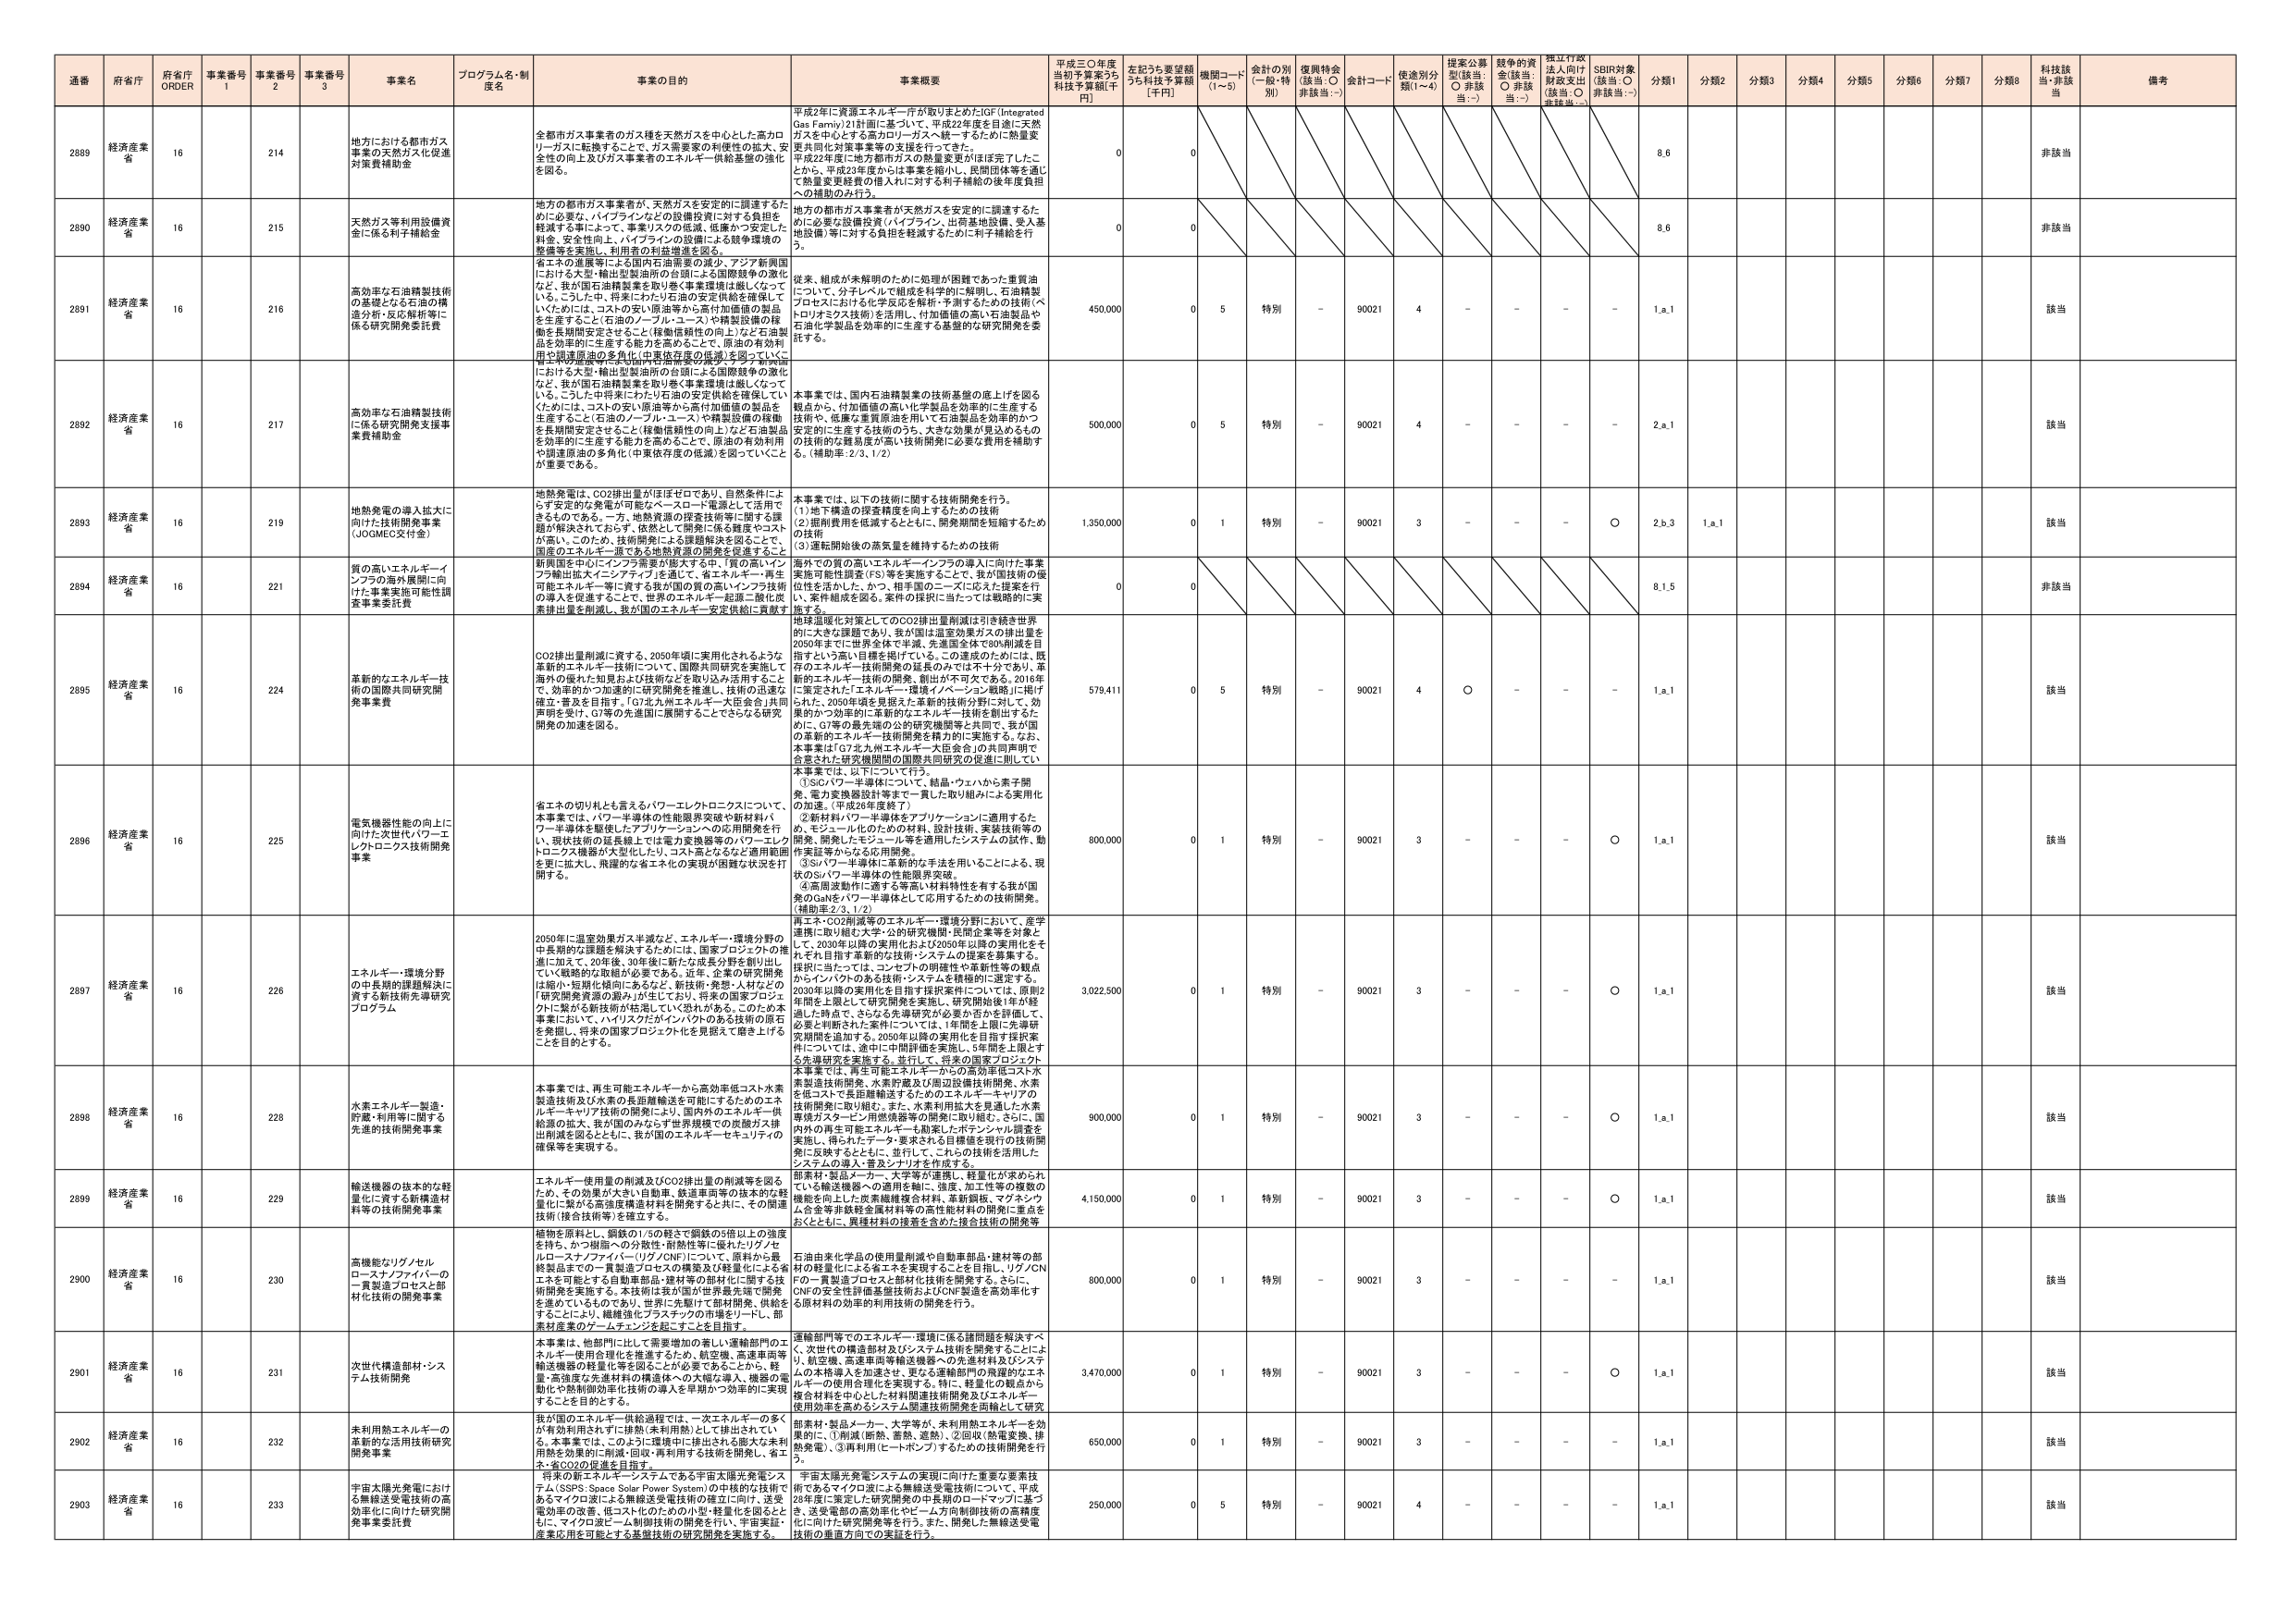
通番 府省庁 府省庁 ORDER 事業番号 1 事業番号 2 事業番号 3 事業名 プログラム名・制度名 事業の目的 事業概要 平成三〇年度当初予算案うち科技予算額[千円] 左記うち要望額うち科技予算額[千円] 機関コード(1～5) 会計の別(一般・特別) 復興特会(該当:○ 非該当:－) 会計コード 使途別分類(1～4) 提案公募型(該当:○ 非該当:－) 越年の資金(該当:○ 非該当:－) 捏江行政法人向け財政支出(該当:○ 非該当:－) SDBR対象(該当:○ 非該当:－) 分類1 分類2 分類3 分類4 分類5 分類6 分類7 分類8 科技該当・非該当 備考

2889 経済産業省 16 214 地方における都市ガス事業の天然ガス化促進対策費補助金 全都市ガス事業者のガス種を天然ガスを中心とした高カロリーガスに転換することで、ガス需要の利便性向上、安全性の向上及びガス事業者のエネルギー供給基盤の強化を図る。 平成2年に資源エネルギー庁が取りまとめたIGF(Integrated Gas Family)21計画に基づいて、平成22年度を目標に天然ガスを中心とする高カロリーガスへ統一するための熱量変更共同化対策事業等の支援を行ってきた。平成22年度に地方都市ガスの熱量変更がほぼ完了したことから、平成23年度からは事業を縮小し、民間団体等を通じて熱量変更経費の借入人に対する利子補給の後年度負担の補助のみ行う。 0 0 8.6 非該当

2890 経済産業省 16 215 天然ガス等利用設備資金に係る利子補給金 地方の都市ガス事業者が、天然ガスを安定的に調達するために必要な、パイプラインなどの設備投資に対する負担を軽減する事によって、事業リスクの低減、低廉かつ安定した料金、安全性向上、パイプラインの設備による競争環境の整備等を実現し、利用者の利便性を図る。 地方の都市ガス事業者が天然ガスを安定的に調達するために必要な設備投資(パイプライン、出荷基地設備、受入基地設備)等に対する負担を軽減するために利子補給を行う。 0 0 8.6 非該当

2891 経済産業省 16 216 高効率な石油精製技術の基礎となる石油の構造分析・反応解析等に係る研究開発委託費 省エネの進展等による国内石油需要の減少、アジア新興国における大型・輸出型製油所の台頭による国際競争の激化など、我が国石油精製業を取り巻く事業環境は厳しくなっている。こうした中、将来にわたり石油の安定供給を確保していくためには、コストの安い原油等から高付加価値の製品を生産すること(石油のノーブル・ユース)や精製設備の稼働を長期間安定させること(稼働信頼性の向上)など石油製品を効率的に生産する能力を高めることで、原油の有効利用や調達原油の多角化(中東依存度の低減)を図っていくことが重要である。 従来、組成が未解明のために処理が困難であった重質油について、分子レベルで組成を科学的に解明し、石油精製プロセスにおける化学反応を解析・予測するための技術(ペトロリオミクス技術)を活用し、付加価値の高い石油製品や石油化学製品を効率的に生産する基盤的な研究開発を委託する。 450,000 0 5 特別 - 90021 4 - - - - 1.a.1 該当

2892 経済産業省 16 217 高効率な石油精製技術に係る研究開発支援事業費補助金 省エネの進展等による国内石油需要の減少、アジア新興国における大型・輸出型製油所の台頭による国際競争の激化など、我が国石油精製業を取り巻く事業環境は厳しくなっている。こうした中将来にわたり石油の安定供給を確保していくためには、コストの安い原油等から高付加価値の製品を生産すること(石油のノーブル・ユース)や精製設備の稼働を長期間安定させること(稼働信頼性の向上)など石油製品を効率的に生産する能力を高めることで、原油の有効利用や調達原油の多角化(中東依存度の低減)を図っていくことが重要である。 本事業では、国内石油精製業の技術基盤の底上げを図る観点から、付加価値の高い化学製品を効率的に生産する技術や、低廉な重質原油を用いて石油製品を効率的かつ安定的に生産する技術のうち、大きな効果が見込めるものの技術的課題を踏まえ、技術開発に必要な費用を補助する。(補助率:2/3、1/2) 500,000 0 5 特別 - 90021 4 - - - - 2.a.1 該当

2893 経済産業省 16 219 地熱発電の導入拡大に向けた技術開発事業(JOGMEC交付金) 地熱発電は、CO2排出量がほぼゼロであり、自然条件によらず安定的な発電が可能なベースロード電源として活用できるものである。一方、地熱資源の探査技術等に関する課題が解決されておらず、依然として開発に係る課題やコストが高い。このため、技術開発による課題解決を図ることで、国産のエネルギー源である地熱資源の開発を促進すること。 本事業では、以下の技術に関する技術開発を行う。 (1)地下構造の探査精度を向上するための技術 (2)掘削費用を低減するとともに、開発期間を短縮するための技術 (3)運転開始後の蒸気量を維持するための技術 1,350,000 0 1 特別 - 90021 3 - - - ○ 2.b.3 1.a.1 該当

2894 経済産業省 16 221 質の高いエネルギーインフラの海外展開に向けた事業実施可能性調査事業委託費 新興国を中心にインフラ需要が膨大する中、「質の高いインフラ輸出拡大・インフラアジア」を通じ、省エネルギー・再生可能エネルギー等に資する我が国の質の高いインフラ技術の導入を促進することで、世界のエネルギー起源一酸化炭素排出量を削減し、我が国のエネルギー安定供給に貢献する。 海外での質の高いエネルギーインフラの導入に向けた事業実施可能性調査(PS)等を実施することで、我が国技術の優位性を活かした、かつ、相手国のニーズに応えた提案を行う。案件組成を図る。案件の採択に当たっては戦略的に実施する。 0 0 8.1.5 非該当

2895 経済産業省 16 224 革新的なエネルギー技術の国際共同研究開発事業 CO2排出量削減に資する、2050年頃に実用化されるような革新的エネルギー技術について、国際共同研究を実施して海外の優れた知見および技術などを取り込む活用するなどして、効率的かつ迅速に研究開発を推進し、技術の迅速な確立・普及を目指す。「G7北九州エネルギー大臣会合」共同声明を受け、G7等の先進国に展開することでさらなる研究開発の加速を図る。 地球温暖化対策としてのCO2排出量削減は引き続き世界的に大きな課題であり、我が国は温室効果ガスの排出量を2050年までに世界全体で半減、先進国全体で80%削減を目標とする高い目標を掲げている。この達成のためには、既存のエネルギー技術開発の延長のみでは不十分であり、革新的エネルギー技術の開発、創出が不可欠である。2010年に決定された「エネルギー・環境イノベーション戦略」に掲げられた、2050年頃を見据えた革新的技術分野に対して、効果的かつ効率的に革新的なエネルギー技術を創出するために、G7等の最先端の公的研究機関等と共同で、我が国の革新的エネルギー技術開発を精力的に実施する。なお、本事業は「G7北九州エネルギー大臣会合」の共同声明で合意された研究機関間の国際共同研究の促進に則して実施する。 579,411 0 5 特別 - 90021 4 ○ - - - 1.a.1 該当

2896 経済産業省 16 225 電気機器性能の向上に向けた次世代パワーエレクトロニクス技術開発事業 省エネの切り札とも言えるパワーエレクトロニクスについて、本事業では、パワーハ半導体の性能限界突破や新材料パワーハ半導体を駆使したアプリケーションへの応用開発を行い、次世代技術の延長線上に電力変換機等のパワーエレクトロニクス機器が大型化し、コスト高となるなど適用範囲を更に拡大し、飛躍的な省エネ化の実現が困難な状況を打開する。 本事業では、以下について行う。 ①SiCパワーハ半導体について、結晶・ウェハから素子開発、電力変換器設計等まで一貫した取り組みによる実用化の加速。(平成26年度終了) ②新材料パワーハ半導体をアプリケーションに適用するため、モジュール化のための材料、設計技術、実装技術等の開発、開発したモジュール等を適用したシステムの試作、動作実証等からなる応用開発。 ③SiCパワーハ半導体に革新的な手法を用いることによる、現状のSiCパワーハ半導体の性能限界突破。 ④高周波動作に適する等高い材料特性を有する我が国発のGaNをパワーハ半導体として応用するための技術開発。(補助率2/3、1/2) 600,000 0 1 特別 - 90021 3 - - - ○ 1.a.1 該当

2897 経済産業省 16 226 エネルギー環境分野の中長期的課題解決に資する新技術先導研究プログラム 2050年に温室効果ガス半減など、エネルギー・環境分野の中長期的な課題を解決するためには、国家プロジェクトの推進に加えて、20年後、30年後に新たな成長分野を創り出していく戦略的な取組が必要である。近年、企業や研究機関は縮小・短期化傾向にあるなど、新技術・発想・人材などの「研究開発資源の減少」が生じており、将来の国家プロジェクトに繋がる新技術が枯渇していく恐れがある。このため本事業において、ハイリスクだがインパクトのある技術の原石を発掘し、将来の国家プロジェクト化を視野で磨き上げることを目的とする。 再エネ・CO2削減等のエネルギー・環境分野において、産学連携に取り組む大学・公的研究機関・民間企業等を対象として、2030年以降の実用化および2050年以降の実用化をそれぞれ目指す革新的な技術・システムの提案を募集する。採択に当たっては、コンセプトの明確性や革新性等の観点からインパクトのある技術・システムを積極的に選定する。2030年以降の実用化を目指す採択案件については、原則2年間を上限として研究開発を実施し、研究開発終了が終了した時点で、さらなる先導研究が必要か否かを評価して、必要と判断された案件については、1年間を上限に先導研究期間を追加する。2050年以降の実用化を目指す採択案件については、途中に中間評価を実施し、5年間を上限とする先導研究を実施する。並行して、将来の国家プロジェクト本事業では、再生可能エネルギーからの高効率低コスト水素製造技術開発、水素貯蔵及び周辺設備技術開発、水素を低コストで長距離輸送するためのエネルギーキャリアの技術開発に取り組む。また、水素利用拡大を促進した水素環境ガスステーション用燃焼器等の開発に取り組む。さらに、国内外の再生可能エネルギーも勘案したポテンシャル調査を実施し、得られたデータ・要求される目標値を現行の技術開発に反映するとともに、並行して、これらの技術を活用したシステムの導入・普及シナリオを作成する。 3,022,500 0 1 特別 - 90021 3 - - - ○ 1.a.1 該当

2898 経済産業省 16 228 水素エネルギー製造・貯蔵・利用等に関する先進的技術開発事業 本事業では、再生可能エネルギーから高効率低コスト水素製造技術及び水素の長距離輸送を可能にするためのエネルギーキャリア技術の開発により、国内外のエネルギー供給源の拡大、我が国のみならず世界規模での炭酸ガス排出削減を図るとともに、我が国のエネルギー・セキュリティの確保等を実現する。 3,022,500 0 1 特別 - 90021 3 - - - ○ 1.a.1 該当

2899 経済産業省 16 229 輸送機器の抜本的な軽量化に資する新構造材料等の技術開発事業 エネルギー使用量の削減及びCO2排出量の削減等を図るため、その効果が大きい自動車、鉄道車両等の抜本的な軽量化に繋がる高強度構造材料を開発すると共に、その関連技術(接合技術等)を確立する。 部素材・製品メーカー、大学等が連携し、軽量化が求められている輸送機器への適用を軸に、強度、加工性等の複数の機能を向上した炭素繊維複合材料、革新鋼板、マグネシウム合金等非鉄合金素材等の高性能材料の開発に重点をおくとともに、異種材料の接合を含めた接合技術の開発等 4,150,000 0 1 特別 - 90021 3 - - - ○ 1.a.1 該当

2900 経済産業省 16 230 高機能なリグノセルロースナノファイバーの一貫製造プロセスと部材化技術の開発事業 植物を原料とし、鋼鉄の1/5の軽さで鋼鉄の5倍以上の強度を持ち、かつ樹脂への分散性・耐熱性等に優れたリグノセルロースナノファイバー(リグノCNF)について、原料から最終製品までの一貫製造プロセスの構築及び移管化による省エネを可能とする自動車部品・建材等の部材化に関する技術開発を実施する。本技術は我が国が世界最先端で開発を進めているものであり、世界に先駆けて部材開発、供給をすることにより、繊維強化プラスチックの市場をリードし、部素材産業のグローバルリーダーを確立することを目指す。 石油由来化学品の使用量削減や自動車部品・建材等の部材の軽量化による省エネを実現することを目指し、リグノCNFの一貫製造プロセスと部材化技術を開発する。さらに、CNFの安全性評価基盤技術およびCNF製造を高効率化する原材料の効率的利用技術の開発を行う。 800,000 0 1 特別 - 90021 3 - - - - 1.a.1 該当

2901 経済産業省 16 231 次世代構造部材・システム技術開発 本事業は、他部門には不要増加の著しい運輸部門のエネルギー使用合理化を推進するため、航空機、高速車両等輸送機器の軽量化等を図ることが必要であることから、軽量・高強度な先進材料の構造体への大幅な導入、機器の電動化や熱制御効率化技術の導入を早期かつ効率的に実現することを目的とする。 運輸部門等でのエネルギー環境に係る諸問題を解決すべく、次世代の構造部材及びシステム技術を開発することにより、航空機、高速車両等輸送機器への先進材料及びシステムの本格導入を加速させ、更なる運輸部門の飛躍的なエネルギーの使用合理化を実現する。特に、軽量化の観点から複合材料を中心とした材料関連技術開発及びエネルギー使用効率を高めるシステム関連技術開発を両輪として研究 3,470,000 0 1 特別 - 90021 3 - - - ○ 1.a.1 該当

2902 経済産業省 16 232 未利用熱エネルギーの革新的な活用技術研究開発事業 我が国のエネルギー供給過程では、一次エネルギーの多くが有効利用されずに排熱(未利用熱)として排出されており、本事業では、このように環境中に排出される膨大な未利用熱を効果的に削減・回収・再利用する技術を開発し、省エネ・省CO2の促進を目指す。 部素材・製品メーカー、大学等が、未利用熱エネルギーを効果的に、①削減(断熱、蓄熱、遮熱)、②回収(熱電変換、排熱発電)、③再利用(ヒートポンプ)するための技術開発を行う。 650,000 0 1 特別 - 90021 3 - - - - 1.a.1 該当

2903 経済産業省 16 233 宇宙太陽光発電における無線送受電技術の高効率化に向けた研究開発事業委託費 今後の超エネルギー・システムである宇宙太陽光発電システム(SPS: Space Solar Power System)の将来的な技術であるマイクロ波による無線送受電技術の確立に向け、送受電効率の改善、低コスト化のための小型・軽量化を図るとともに、マイクロ波ビーム制御技術の開発を行い、宇宙実証・産業応用を可能とする基盤技術の研究開発を実施する。 宇宙太陽光発電システムの実現に向けた重要な要素技術であるマイクロ波による無線送受電技術について、平成28年度に策定した研究開発の中長期のロードマップに基づき、送受電部の高効率化やビーム方向制御技術の高精度化に向けた研究開発等を行う。また、開発した無線送受電技術の重畳方向での実証を行う。 250,000 0 5 特別 - 90021 4 - - - - 1.a.1 該当